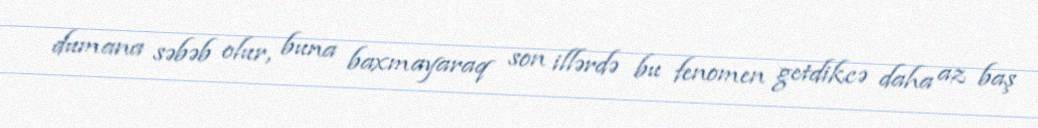
dumana səbəb olur, buna baxmayaraq son illərdə bu fenomen getdikcə daha az baş